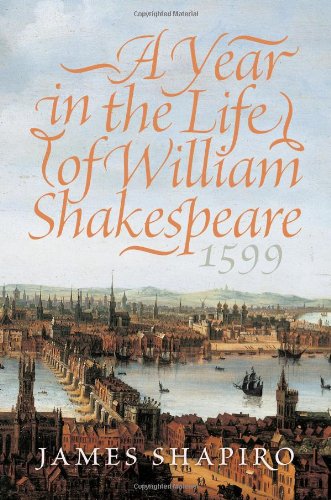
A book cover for A Year in the Life of William Shakespeare: 1599; James Shapiro; Biographies & Memoirs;